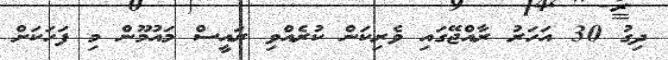
ދިގު 30 އަހަރު ރާއްޖޭގައި ވެރިކަން ކުރެއްވި ރައީސް މައުމޫން މި ފަހަކަށް